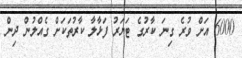
6000 އަށް ވުރެ ގިނަ ކާރުގެ ޓަޔަރު ފަޅާލާ ކާރުތަކަށް ގެއްލުން ދިން